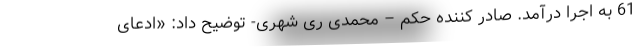
61 به اجرا درآمد. صادر کننده حکم – محمدی ری شهری- توضیح داد: «ادعای